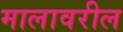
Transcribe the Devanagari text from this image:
मालावरील